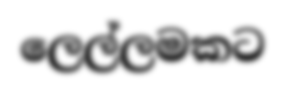
ලෙල්ලමකට